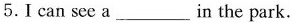
5.I can see a___ in the park.